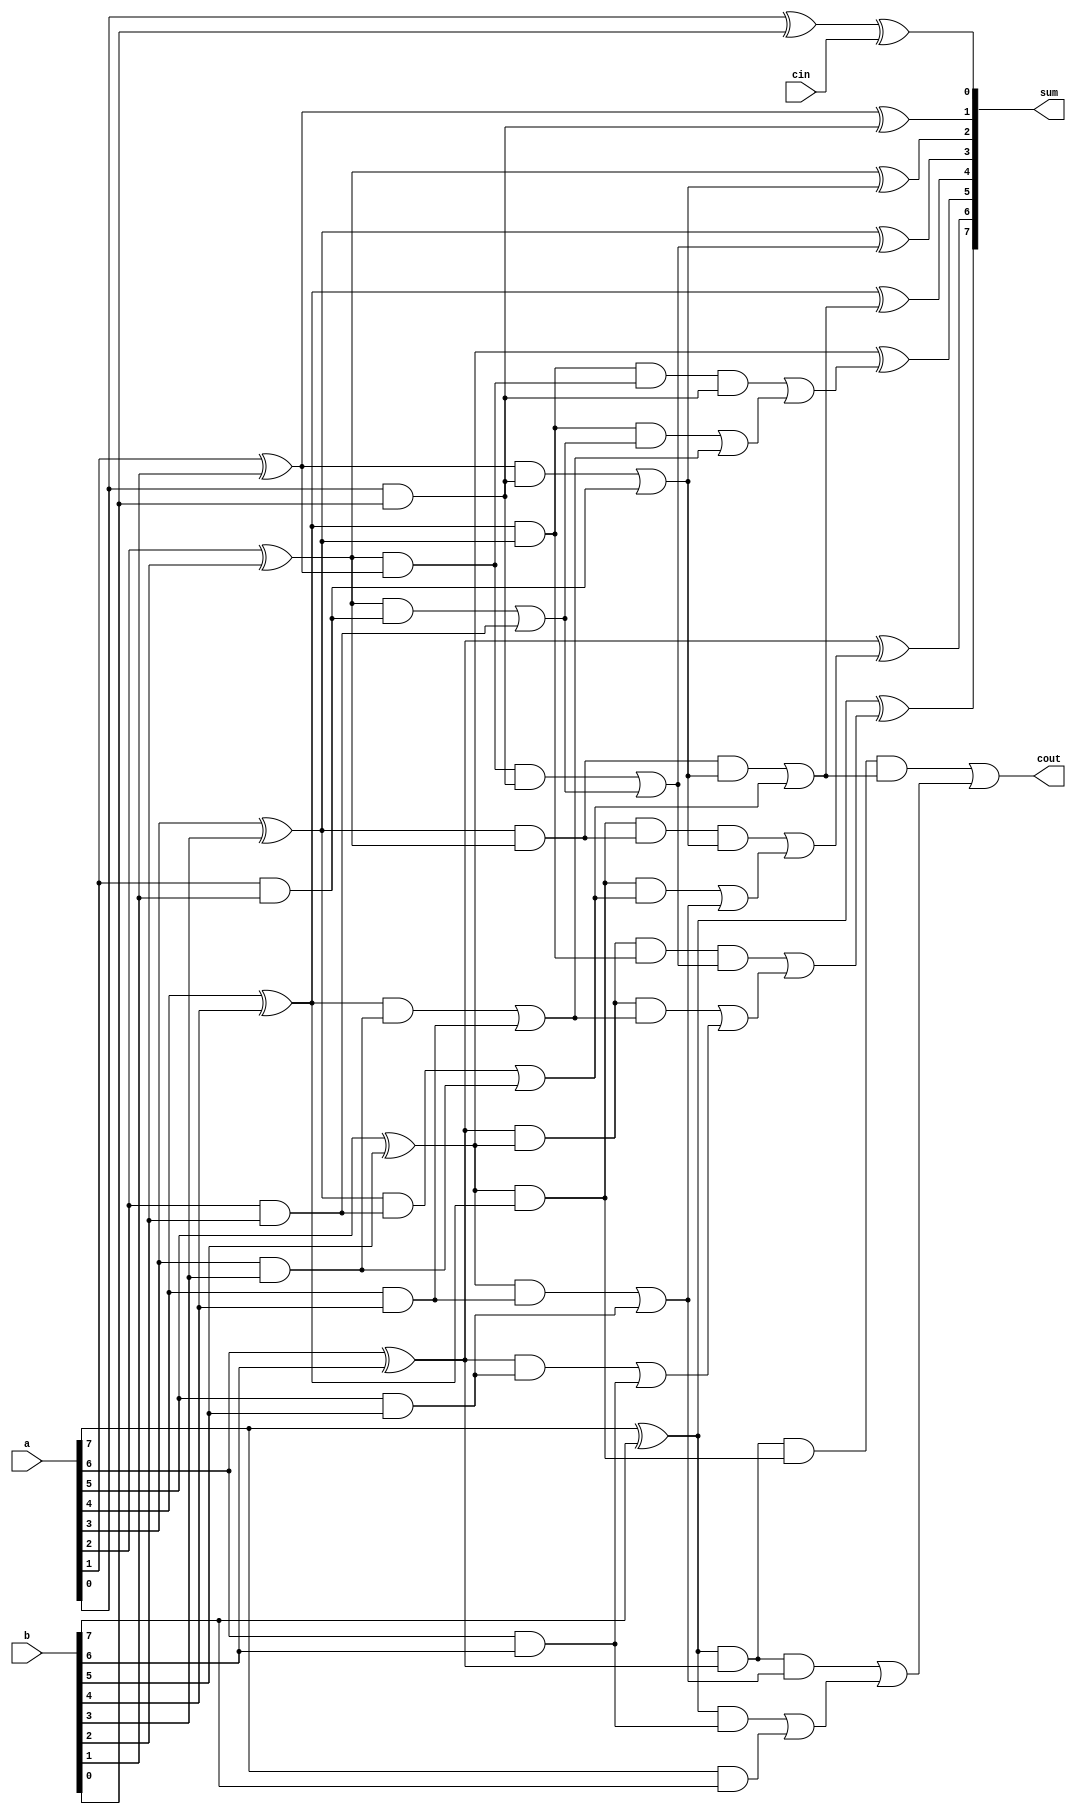
`timescale 1ns / 1ps

module ksa_1(a,b,cin,sum,cout);
    input [7:0]a,b;
    input cin;
    output [7:0]sum;
    output cout;
    wire [7:0]g_z,p_z,g_a,p_a,g_b,p_b,g_c,p_c;
//stage 1    
    assign g_z[7]=a[7]&b[7];
    assign p_z[7]=a[7]^b[7];
    assign g_z[6]=a[6]&b[6];
    assign p_z[6]=a[6]^b[6];
    assign g_z[5]=a[5]&b[5];
    assign p_z[5]=a[5]^b[5];
    assign g_z[4]=a[4]&b[4];
    assign p_z[4]=a[4]^b[4];
    assign g_z[3]=a[3]&b[3];
    assign p_z[3]=a[3]^b[3];
    assign g_z[2]=a[2]&b[2];
    assign p_z[2]=a[2]^b[2];
    assign g_z[1]=a[1]&b[1];
    assign p_z[1]=a[1]^b[1];  
    assign g_z[0]=a[0]&b[0];
    assign p_z[0]=a[0]^b[0];
//stage 2
    assign g_a[7]=p_z[7]&g_z[6]|g_z[7];
    assign p_a[7]=p_z[7]&p_z[6];
    assign g_a[6]=p_z[6]&g_z[5]|g_z[6];
    assign p_a[6]=p_z[6]&p_z[5];
    assign g_a[5]=p_z[5]&g_z[4]|g_z[5];
    assign p_a[5]=p_z[5]&p_z[4];
    assign g_a[4]=p_z[4]&g_z[3]|g_z[4];
    assign p_a[4]=p_z[4]&p_z[3];
    assign g_a[3]=p_z[3]&g_z[2]|g_z[3];
    assign p_a[3]=p_z[3]&p_z[2];
    assign g_a[2]=p_z[2]&g_z[1]|g_z[2];
    assign p_a[2]=p_z[2]&p_z[1];    
    assign g_a[1]=p_z[1]&g_z[0]|g_z[1];
    assign p_a[1]=p_z[1]&p_z[0];
    assign g_a[0]=g_z[0];
    assign p_a[0]=p_z[0];
//stage 3
    assign g_b[7]=p_a[7]&g_a[5]|g_a[7];
    assign p_b[7]=p_a[7]&p_a[5];
    assign g_b[6]=p_a[6]&g_a[4]|g_a[6];
    assign p_b[6]=p_a[6]&p_a[4];
    assign g_b[5]=p_a[5]&g_a[3]|g_a[5];
    assign p_b[5]=p_a[5]&p_a[3];
    assign g_b[4]=p_a[4]&g_a[2]|g_a[4];
    assign p_b[4]=p_a[4]&p_a[2];  
    assign g_b[3]=p_a[3]&g_a[1]|g_a[3];
    assign p_b[3]=p_a[3]&p_a[1];  
    assign g_b[2]=p_a[2]&g_a[0]|g_a[2];
    assign p_b[2]=p_a[2]&p_a[0];
    assign g_b[1]=g_a[1];
    assign p_b[1]=p_a[1];
    assign g_b[0]=g_a[0];
    assign p_b[0]=p_a[0];
//stage 4
    assign g_c[7]=p_b[7]&g_b[3]|g_b[7];
    assign p_c[7]=p_b[7]&p_b[3];
    assign g_c[6]=p_b[6]&g_b[2]|g_b[6];
    assign p_c[6]=p_b[6]&p_b[2];
    assign g_c[5]=p_b[5]&g_b[1]|g_b[5];
    assign p_c[5]=p_b[5]&p_b[1];
    assign g_c[4]=p_b[4]&g_b[0]|g_b[4];
    assign p_c[4]=p_b[4]&p_b[0];
    assign g_c[3]=g_b[3];
    assign p_c[3]=p_b[3];
    assign g_c[2]=g_b[2];
    assign p_c[2]=p_b[2];
    assign g_c[1]=g_b[1];
    assign p_c[1]=p_b[1];
    assign g_c[0]=g_b[0];
    assign p_c[0]=p_b[0];
//sum
    assign sum[7]=p_z[7]^g_c[6];
    assign sum[6]=p_z[6]^g_c[5];
    assign sum[5]=p_z[5]^g_c[4];
    assign sum[4]=p_z[4]^g_c[3];
    assign sum[3]=p_z[3]^g_c[2];
    assign sum[2]=p_z[2]^g_c[1];
    assign sum[1]=p_z[1]^g_c[0];
    assign sum[0]=p_z[0]^cin;
//carry
    assign cout=g_c[7];
endmodule